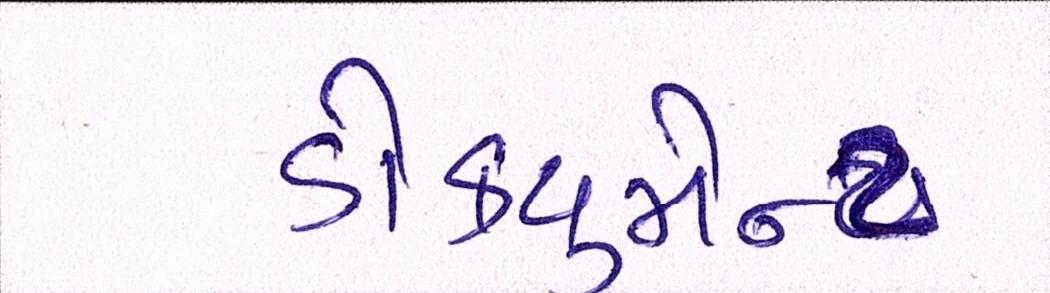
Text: ડોક્યુમેન્ટ